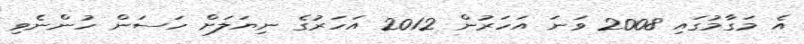
އެ މަގާމުގައި 2008 ވަނަ އަހަރުން 2012 އަހަރުގެ ނިޔަލަށް ހަސަން ހުންނެވި